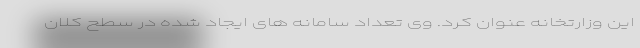
این وزارتخانه عنوان کرد. وی تعداد سامانه های ایجاد شده در سطح کلان